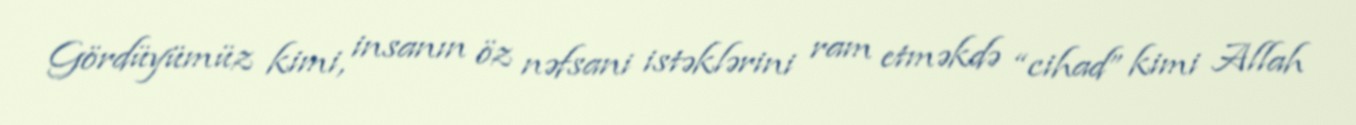
Gördüyümüz kimi, insanın öz nəfsani istəklərini ram etməkdə “cihad” kimi Allah